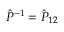
\ensuremath { \hat { P } } ^ { \smash { - 1 } } = \ensuremath { \hat { P } } _ { 1 2 }